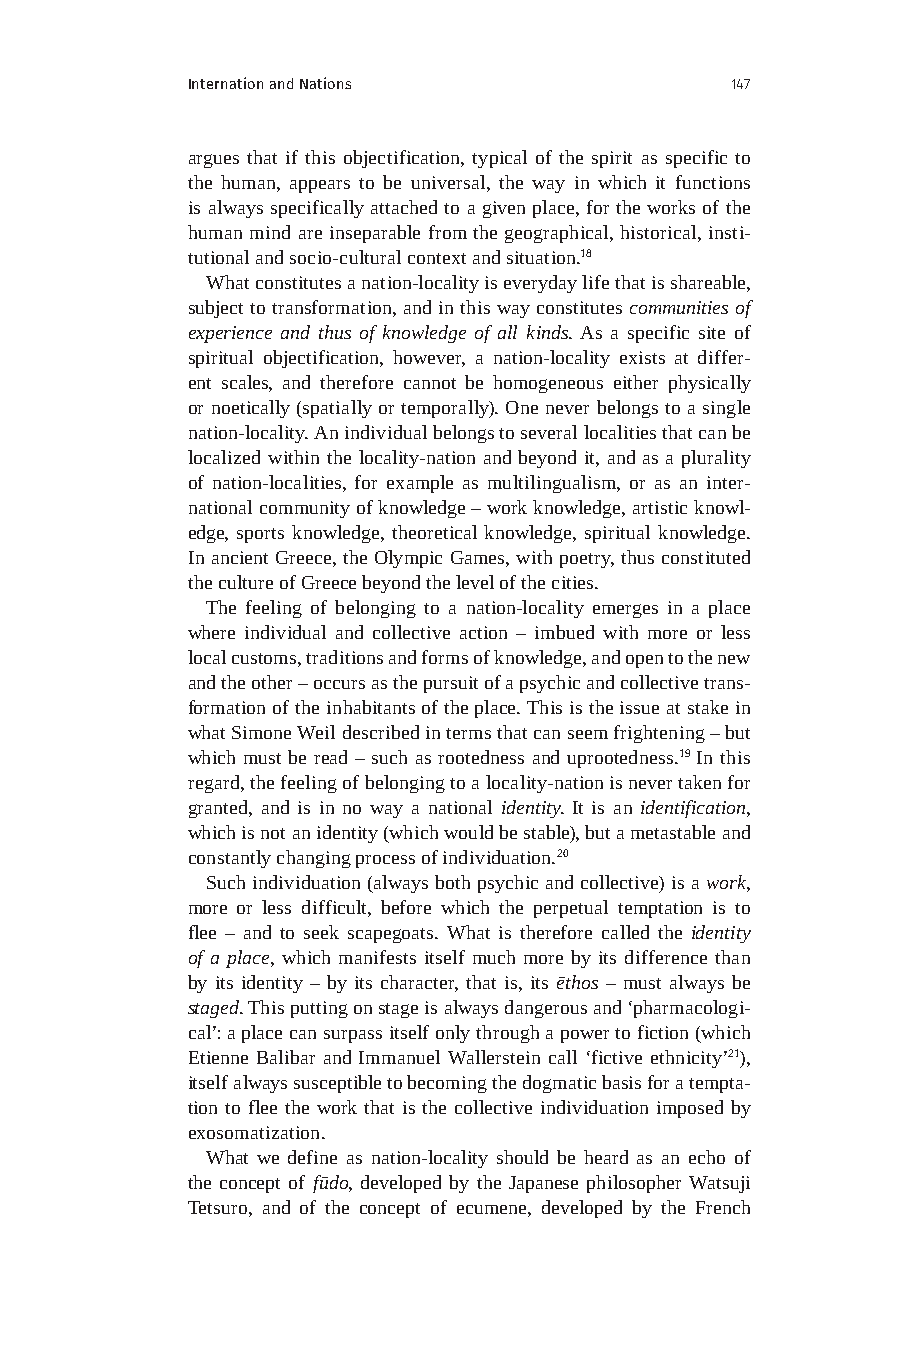
Internation and Nations             147
 argues that if this objectification, typical of the spirit as specific to
 the human, appears to be universal, the way in which it functions
 is always specifically attached to a given place, for the works of the
 human mind are inseparable from the geographical, historical, insti-
 tutional and socio-cultural context and situation.18
 What constitutes a nation-locality is everyday life that is shareable,
 subject to transformation, and in this way constitutes communities of
 experience and thus of knowledge of all kinds. As a specific site of
 spiritual objectification, however, a nation-locality exists at differ-
 ent scales, and therefore cannot be homogeneous either physically
 or noetically (spatially or temporally). One never belongs to a single
 nation-locality. An individual belongs to several localities that can be
 localized within the locality-nation and beyond it, and as a plurality
 of nation-localities, for example as multilingualism, or as an inter-
 national community of knowledge – work knowledge, artistic knowl-
 edge, sports knowledge, theoretical knowledge, spiritual knowledge.
 In ancient Greece, the Olympic Games, with poetry, thus constituted
 the culture of Greece beyond the level of the cities.
 The feeling of belonging to a nation-locality emerges in a place
 where individual and collective action – imbued with more or less
 local customs, traditions and forms of knowledge, and open to the new
 and the other – occurs as the pursuit of a psychic and collective trans-
 formation of the inhabitants of the place. This is the issue at stake in
 what Simone Weil described in terms that can seem frightening – but
 which must be read – such as rootedness and uprootedness.19 In this
 regard, the feeling of belonging to a locality-nation is never taken for
 granted, and is in no way a national identity. It is an identification,
 which is not an identity (which would be stable), but a metastable and
 constantly changing process of individuation.20
 Such individuation (always both psychic and collective) is a work,
 more or less difficult, before which the perpetual temptation is to
 flee – and to seek scapegoats. What is therefore called the identity
 of a place, which manifests itself much more by its difference than
 by its identity – by its character, that is, its ēthos – must always be
 staged. This putting on stage is always dangerous and ‘pharmacologi-
 cal’: a place can surpass itself only through a power to fiction (which
 Etienne Balibar and Immanuel Wallerstein call ‘fictive ethnicity’21),
 itself always susceptible to becoming the dogmatic basis for a tempta-
 tion to flee the work that is the collective individuation imposed by
 exosomatization.
 What we define as nation-locality should be heard as an echo of
 the concept of fūdo, developed by the Japanese philosopher Watsuji
 Tetsuro, and of the concept of ecumene, developed by the French